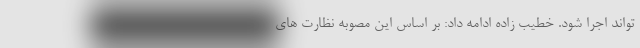
تواند اجرا شود. خطیب زاده ادامه داد: بر اساس این مصوبه نظارت های